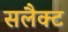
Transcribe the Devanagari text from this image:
सलैक्ट